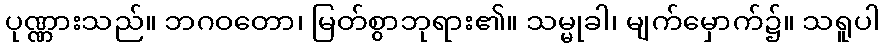
ပုဏ္ဏားသည်။ ဘဂဝတော၊ မြတ်စွာဘုရား၏။ သမ္မုခါ၊ မျက်မှောက်၌။ သရူပါ